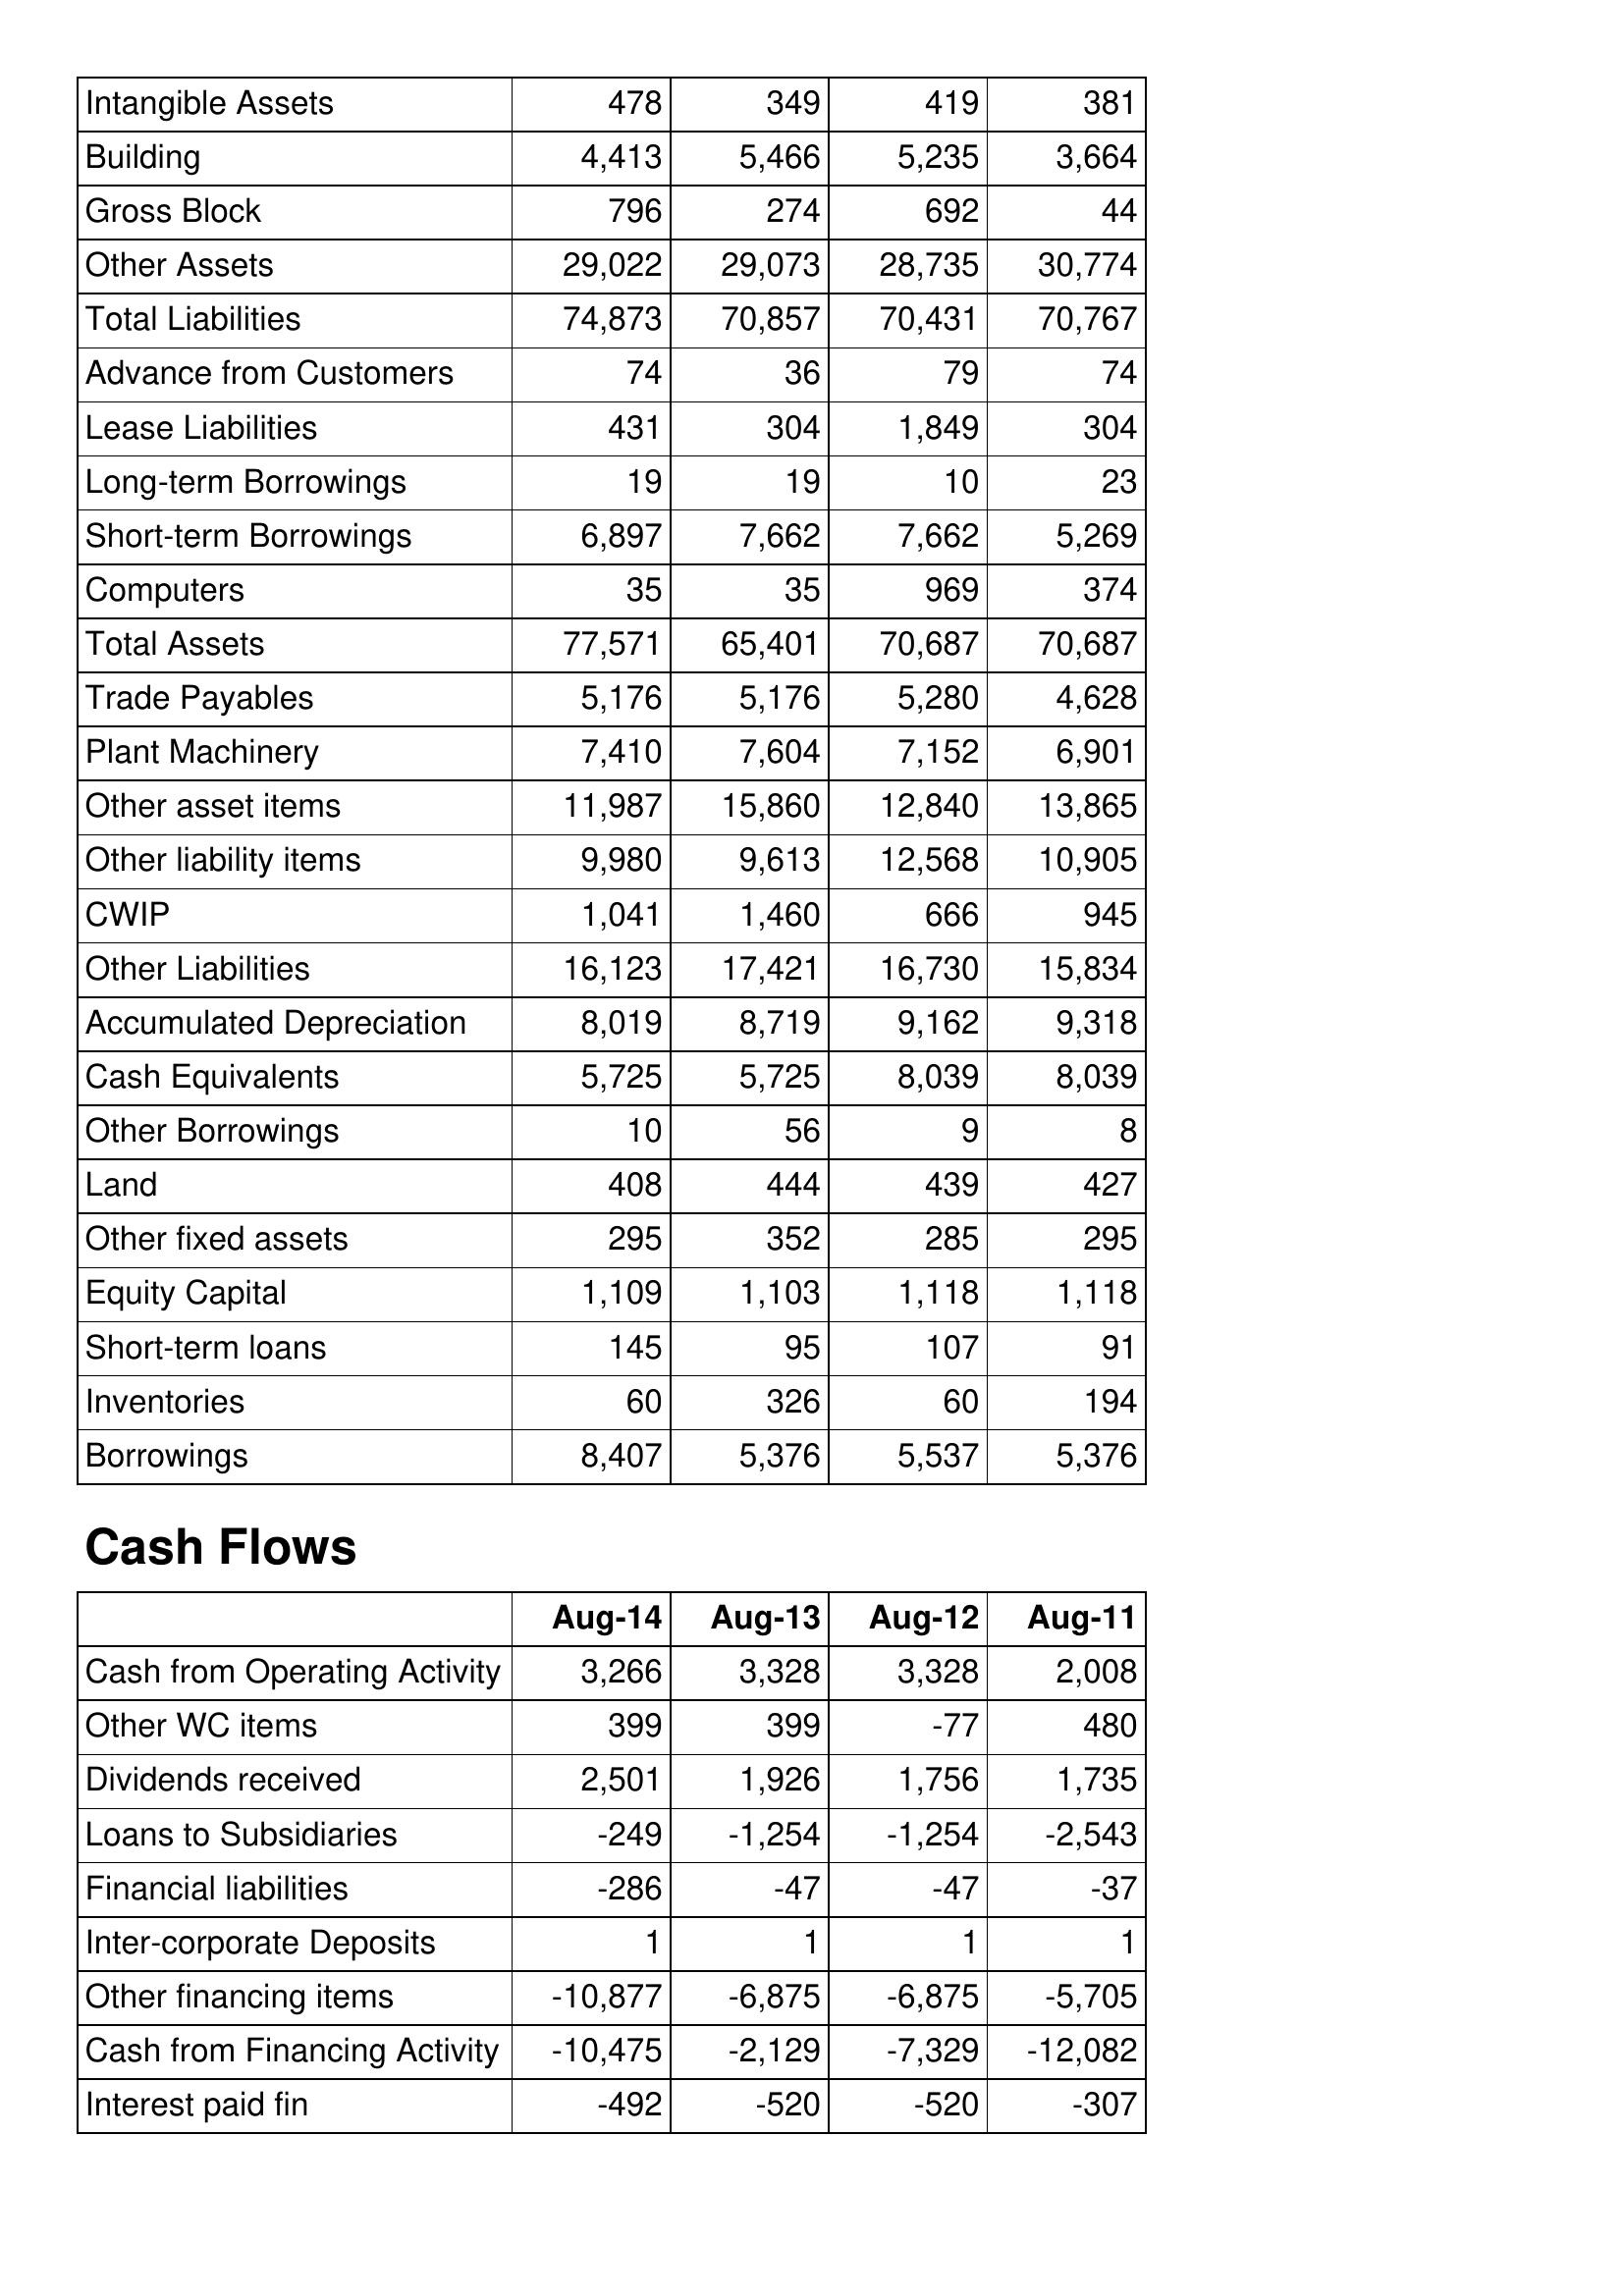
Aug-14: Balance Sheet: Intangible Assets: 478
Building: 4,413
Gross Block: 796
Other Assets: 29,022
Total Liabilities: 74,873
Advance from Customers: 74
Lease Liabilities: 431
Long-term Borrowings: 19
Short-term Borrowings: 6,897
Computers: 35
Total Assets: 77,571
Trade Payables: 5,176
Plant Machinery: 7,410
Other asset items: 11,987
Other liability items: 9,980
CWIP: 1,041
Other Liabilities: 16,123
Accumulated Depreciation: 8,019
Cash Equivalents: 5,725
Other Borrowings: 10
Land: 408
Other fixed assets: 295
Equity Capital: 1,109
Short-term loans: 145
Inventories: 60
Borrowings: 8,407
Cash Flows: Cash from Operating Activity: 3,266
Other WC items: 399
Dividends received: 2,501
Loans to Subsidiaries: -249
Financial liabilities: -286
Inter-corporate Deposits: 1
Other financing items: -10,877
Cash from Financing Activity: -10,475
Interest paid fin: -492
Aug-13: Balance Sheet: Intangible Assets: 349
Building: 5,466
Gross Block: 274
Other Assets: 29,073
Total Liabilities: 70,857
Advance from Customers: 36
Lease Liabilities: 304
Long-term Borrowings: 19
Short-term Borrowings: 7,662
Computers: 35
Total Assets: 65,401
Trade Payables: 5,176
Plant Machinery: 7,604
Other asset items: 15,860
Other liability items: 9,613
CWIP: 1,460
Other Liabilities: 17,421
Accumulated Depreciation: 8,719
Cash Equivalents: 5,725
Other Borrowings: 56
Land: 444
Other fixed assets: 352
Equity Capital: 1,103
Short-term loans: 95
Inventories: 326
Borrowings: 5,376
Cash Flows: Cash from Operating Activity: 3,328
Other WC items: 399
Dividends received: 1,926
Loans to Subsidiaries: -1,254
Financial liabilities: -47
Inter-corporate Deposits: 1
Other financing items: -6,875
Cash from Financing Activity: -2,129
Interest paid fin: -520
Aug-12: Balance Sheet: Intangible Assets: 419
Building: 5,235
Gross Block: 692
Other Assets: 28,735
Total Liabilities: 70,431
Advance from Customers: 79
Lease Liabilities: 1,849
Long-term Borrowings: 10
Short-term Borrowings: 7,662
Computers: 969
Total Assets: 70,687
Trade Payables: 5,280
Plant Machinery: 7,152
Other asset items: 12,840
Other liability items: 12,568
CWIP: 666
Other Liabilities: 16,730
Accumulated Depreciation: 9,162
Cash Equivalents: 8,039
Other Borrowings: 9
Land: 439
Other fixed assets: 285
Equity Capital: 1,118
Short-term loans: 107
Inventories: 60
Borrowings: 5,537
Cash Flows: Cash from Operating Activity: 3,328
Other WC items: -77
Dividends received: 1,756
Loans to Subsidiaries: -1,254
Financial liabilities: -47
Inter-corporate Deposits: 1
Other financing items: -6,875
Cash from Financing Activity: -7,329
Interest paid fin: -520
Aug-11: Balance Sheet: Intangible Assets: 381
Building: 3,664
Gross Block: 44
Other Assets: 30,774
Total Liabilities: 70,767
Advance from Customers: 74
Lease Liabilities: 304
Long-term Borrowings: 23
Short-term Borrowings: 5,269
Computers: 374
Total Assets: 70,687
Trade Payables: 4,628
Plant Machinery: 6,901
Other asset items: 13,865
Other liability items: 10,905
CWIP: 945
Other Liabilities: 15,834
Accumulated Depreciation: 9,318
Cash Equivalents: 8,039
Other Borrowings: 8
Land: 427
Other fixed assets: 295
Equity Capital: 1,118
Short-term loans: 91
Inventories: 194
Borrowings: 5,376
Cash Flows: Cash from Operating Activity: 2,008
Other WC items: 480
Dividends received: 1,735
Loans to Subsidiaries: -2,543
Financial liabilities: -37
Inter-corporate Deposits: 1
Other financing items: -5,705
Cash from Financing Activity: -12,082
Interest paid fin: -307